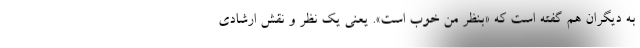
به دیگران هم گفته است که «بنظر من خوب است». یعنی یک نظر و نقش ارشادی